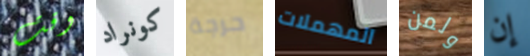
وقت كونراد حرجة المهملات ولمن إن